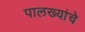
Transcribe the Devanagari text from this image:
पालख्यांचे